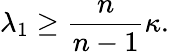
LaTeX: \lambda_{1}\geq{\frac{n}{n-1}}\kappa.